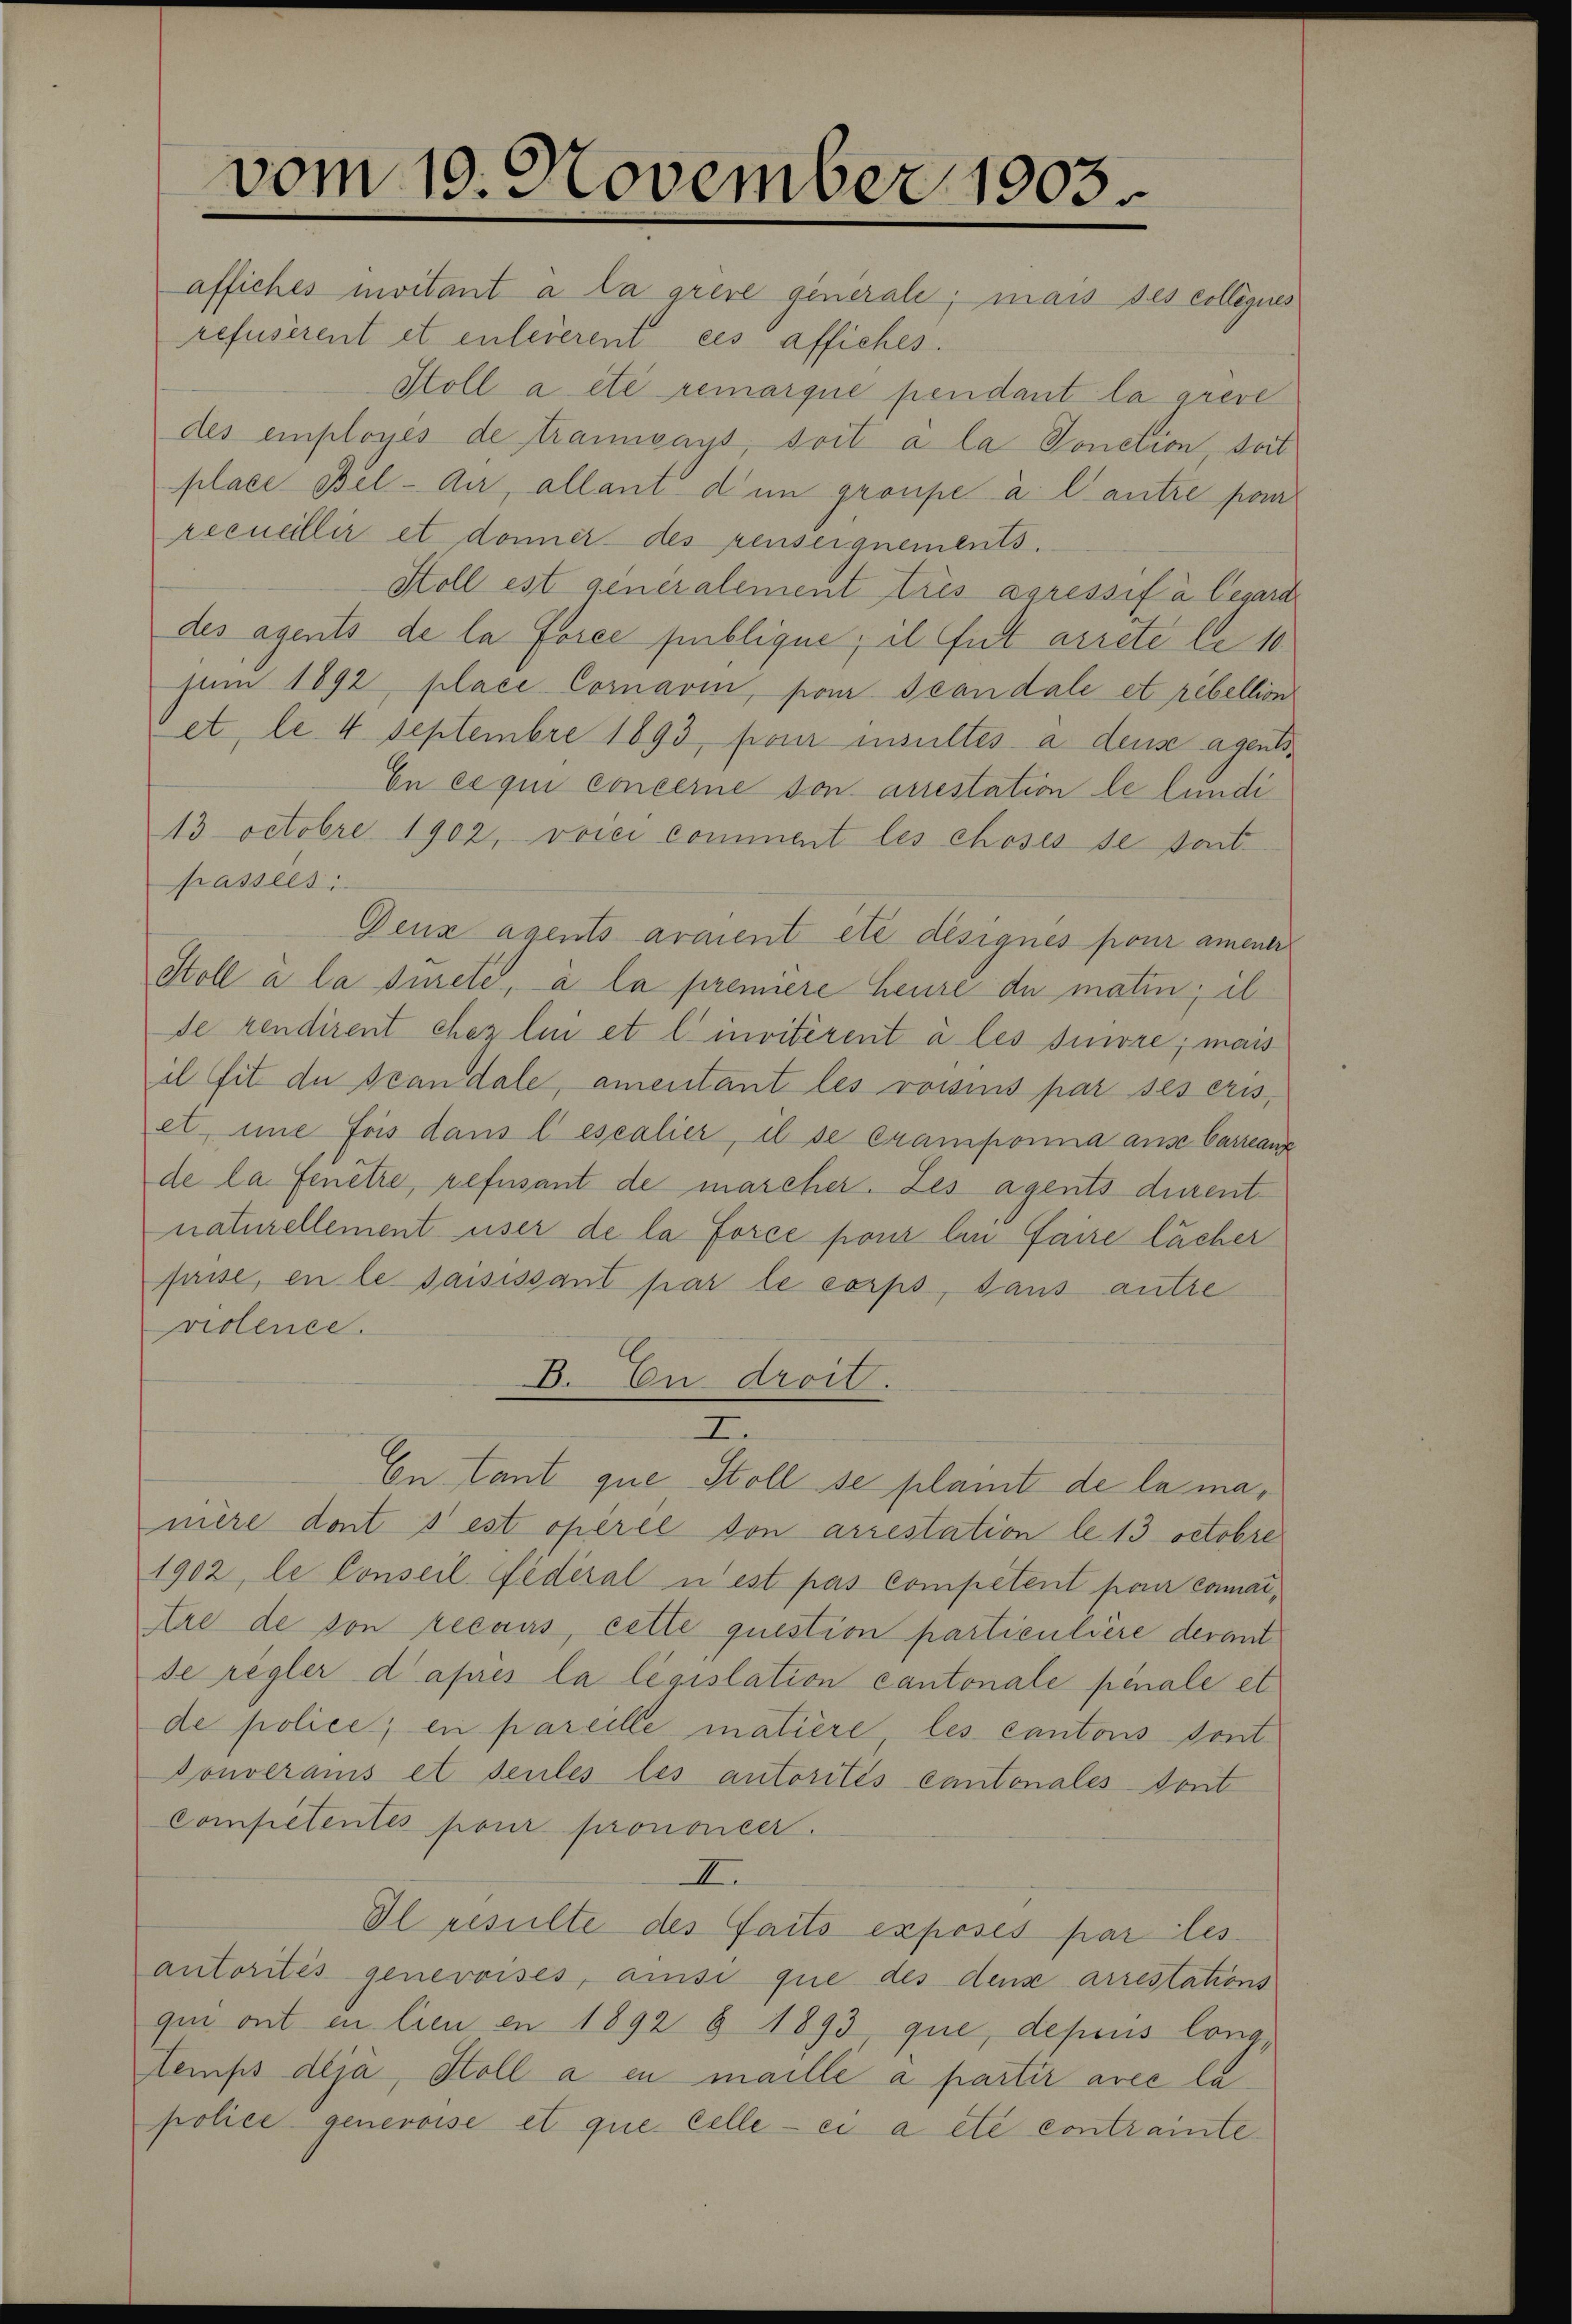
vom 19. November 1903
affiches invitant à la grere generale; mais des collegires

refusérent et enteierent ces affiches.
Stoll a été remarque pendant la greve
des employés de trannays, soit à la Sonction seit
place Bel-Au, allant dem groupe à l’autre par
recueillir et donner des renseignements.
Stoll est generalement trés agressif à legard
des agents de la force publique; il fut arrete le 10
jam 1892, place Comarin, par Scandale et rebellion
et, le 4 Septembre 1893, pour insultés a dense agents¬
En ce qui concerne son aiestation le fundi
13 Octobre 1902, vorei comment les choses se sont
passées
Denz agents arment etc désignés pour amener
Stoll a la siete, à la preniere heure de matin; il
de rendirent chez lui et l’ invitirent à les suivre; mais
il sit de scandale, amentant les voisins par ses exis,
et, eine fois dans lescalier, il se champonia anse Carranz
de la fenêtre, refusant de mascher. Les agents durentnaturellement user de la force pour lin faire lächer
fasse, in le saisissant par le corps, dans antre
violence.
B. En droit.
I.
En Cant que Stoll se plant de la manière dont s est opérée von arrestation le 13 octobre
1902, le Conseil fédéral u est pas competent pour camar,
Atre de son recours, cette question particulière derant
se regler d’après la législation cantonale penale et
de police, en pareille matière, les cantons sont
Donverans et seules les autorités cantonales dont
Competentés pour prononcer
II.
Il resulte des faits exposés par les
autorités genevoises, ansi que des den arrestations
qui ont in lieu en 1892 § 1893 que, depuis long¬
Stemps déjà, Holl a en maille a partir avec la
police genevoise et que celle - ei a etc contrainte¬